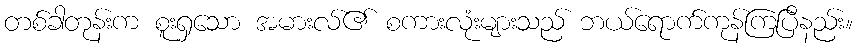
တစ်ခါတုန်းက စူးရှသော အမားလ်၏ စကားလုံးများသည် ဘယ်ရောက်ကုန်ကြပြီနည်း။